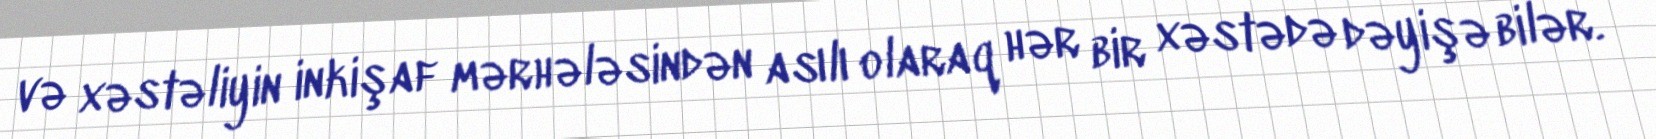
və xəstəliyin inkişaf mərhələsindən asılı olaraq hər bir xəstədə dəyişə bilər.